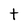
Character: t